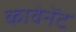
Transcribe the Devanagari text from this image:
कावेनेंट